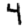
Digit: 4